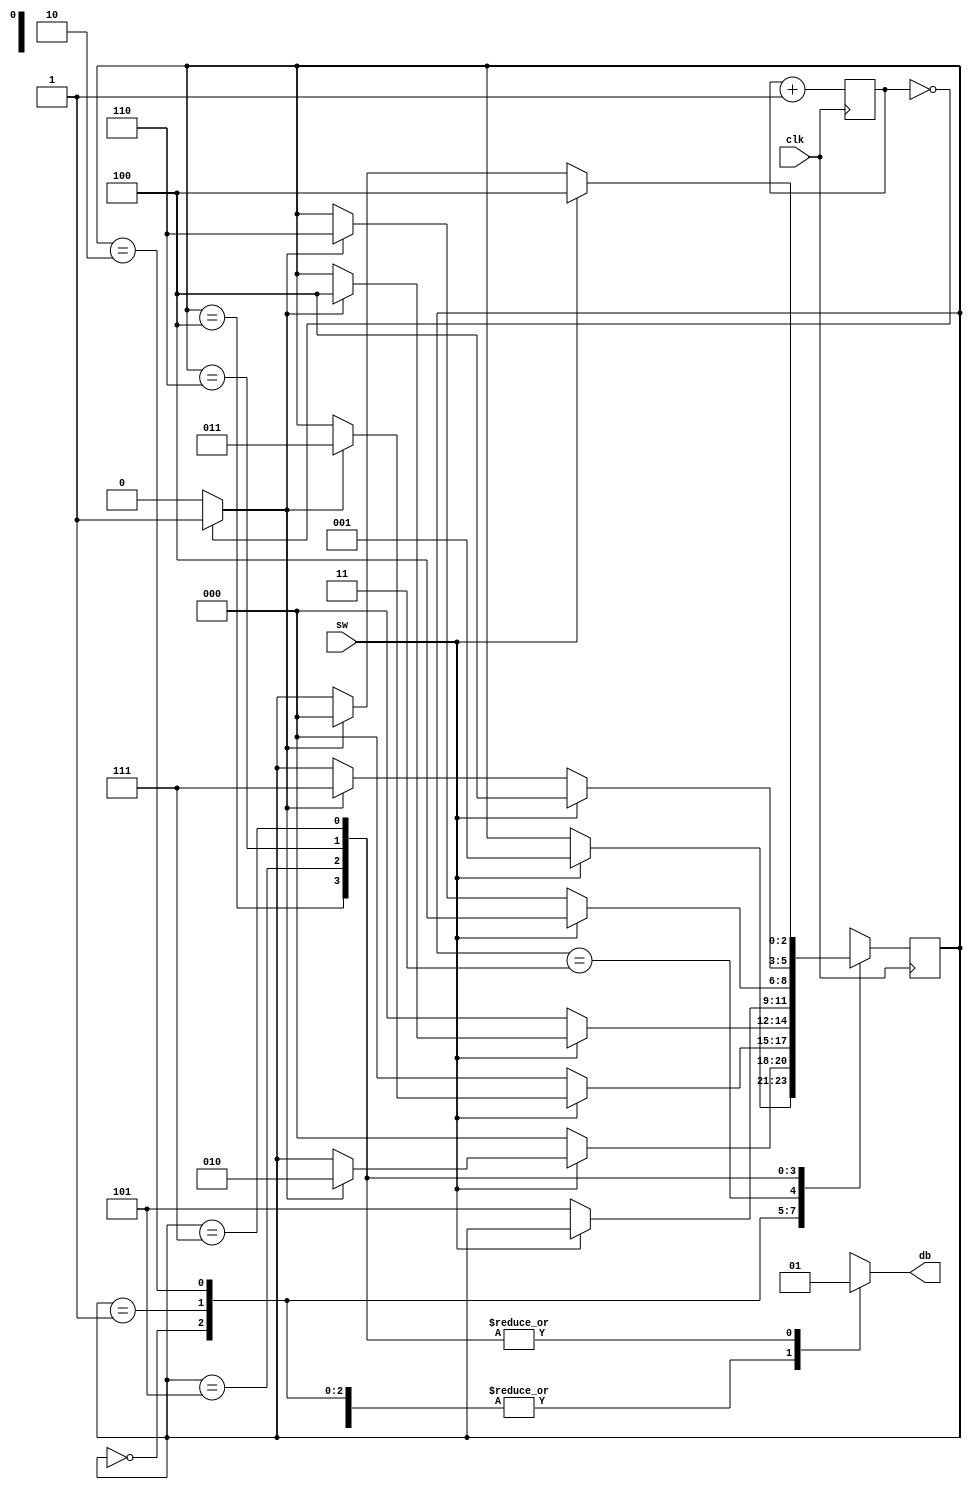
//////////////////////////////////////////////////////////////////////////////////
// Company:FEIncorporated 
// 
// Create Date:  
//* Description: The slide and pushbutton switches on the prototyping board are mechanical devices. When pressed, the switch may bounce back and forth a few times before settling down.The purpose of a debouncing circuit is to filter out the glitches, associated with switch transitions.*//////////////////////////////////////////////////////////////////////////////////
module db_fsm
(	
	input wire clk,
	input wire sw, 
	output reg db
);

localparam [2:0] //states
	zero = 3'b000,
	wait1_1 = 3'b001,
	wait1_2 = 3'b010,
	wait1_3 = 3'b011,
	one = 3'b100,
	wait0_1 = 3'b101,
	wait0_2 = 3'b110,
	wait0_3 = 3'b111;

localparam N = 19; //counter for 10 ms tick

reg [N-1 : 0] q_reg = 0;
wire [N-1 : 0] q_next;
wire m_tick;
reg [2 : 0] state_reg, state_next;


//10 ms clock generator
always @(posedge clk)
	q_reg <= q_next;

assign q_next = q_reg + 1;
assign m_tick = (q_reg == 0) ? 1'b1 : 1'b0;


//debouncing FSM
always @(posedge clk) 
		state_reg <= state_next;
	
always @*
begin
	state_next = state_reg;
		db = 1'b0;
		case (state_reg)
			zero : 
				if (sw)
					state_next = wait1_1;
			wait1_1 :
				if(~sw)
					state_next = zero;
				else
					if (m_tick)
						state_next = wait1_2;
			wait1_2 :
				if (~sw)
					state_next = zero;
				else
					if (m_tick)
						state_next = wait1_3;
			wait1_3 : 
				if (~sw)
					state_next = zero;
				else
					if (m_tick)
						state_next = one;
			one : 
				begin
					db = 1'b1;
					if (~sw)
						state_next = wait0_1;
				end
			wait0_1 :
				begin
					db = 1'b1;
					if(sw)
						state_next = one;
					else
						if (m_tick)
							state_next = wait0_2;
				end
			wait0_2 :
				begin
					db = 1'b1;
					if(sw)
						state_next = one;
					else
						if (m_tick)
							state_next = wait0_3;
				end
			wait0_3 :
				begin
					db = 1'b1;
					if (sw)
						state_next = one;
					else 
						if (m_tick)
							state_next = zero;
				end
			default : 
				state_next = zero;
		endcase
	end

endmodule